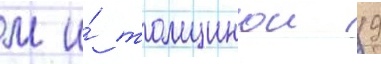
м и́ толщинои 19